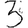
Digit: 3